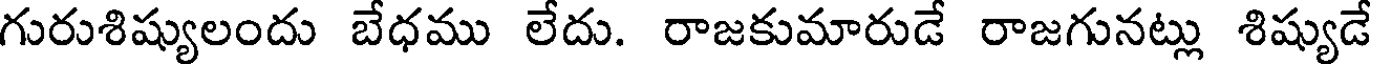
గురుశిష్యులందు బేధము లేదు. రాజకుమారుడే రాజగునట్లు శిష్యుడే